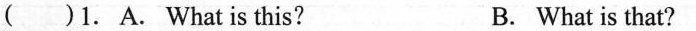
( )1. A. What is this? B. What is that?